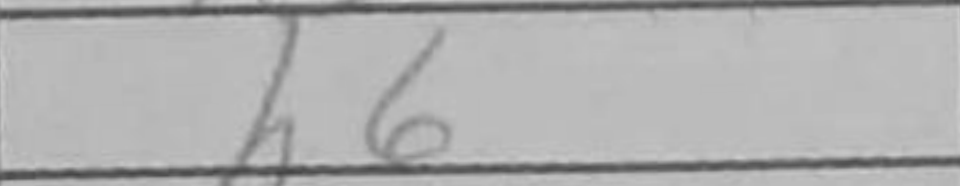
Transcription: h6